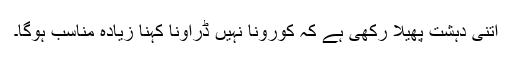
اتنی دہشت پھیلا رکھی ہے کہ کورونا نہیں ڈراونا کہنا زیادہ مناسب ہوگا۔